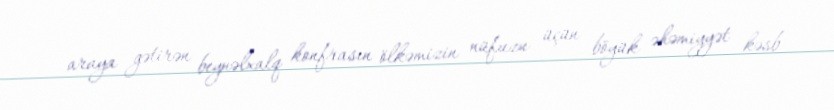
araya gətirən beynəlxalq konfrasın ölkəmizin nüfuzu üçün böyük əhəmiyyət kəsb